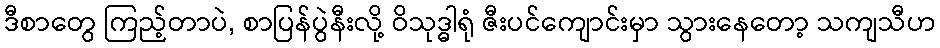
ဒီစာတွေ ကြည့်တာပဲ, စာပြန်ပွဲနီးလို့ ဝိသုဒ္ဓါရုံ ဇီးပင်ကျောင်းမှာ သွားနေတော့ သကျသီဟ